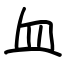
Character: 血